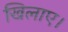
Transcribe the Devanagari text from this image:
खिलाए।